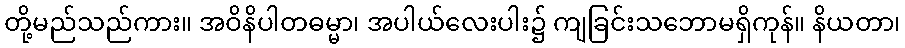
တို့မည်သည်ကား။ အဝိနိပါတဓမ္မာ၊ အပါယ်လေးပါး၌ ကျခြင်းသဘောမရှိကုန်။ နိယတာ၊